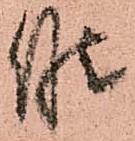
候